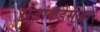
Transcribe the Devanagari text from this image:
राजांकडेसुद्धा